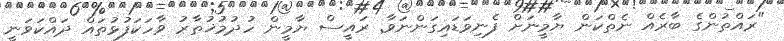
"ރައްތުންގެ ބާރެއް ނެތްކަން ޔާމީނަށް ފެނިވަޑައިގަންނަވާ